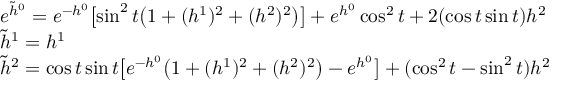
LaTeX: \begin{array} { l } { { e ^ { \tilde { h } ^ { 0 } } = e ^ { - h ^ { 0 } } \bigl [ \sin ^ { 2 } t \bigl ( 1 + ( h ^ { 1 } ) ^ { 2 } + ( h ^ { 2 } ) ^ { 2 } \bigr ) \bigr ] + e ^ { h ^ { 0 } } \cos ^ { 2 } t + 2 ( \cos t \sin t ) h ^ { 2 } } } \\ { { \tilde { h } ^ { 1 } = h ^ { 1 } } } \\ { { \tilde { h } ^ { 2 } = \cos t \sin t \bigl [ e ^ { - h ^ { 0 } } \bigl ( 1 + ( h ^ { 1 } ) ^ { 2 } + ( h ^ { 2 } ) ^ { 2 } \bigr ) - e ^ { h ^ { 0 } } \bigr ] + ( \cos ^ { 2 } t - \sin ^ { 2 } t ) h ^ { 2 } } } \end{array}